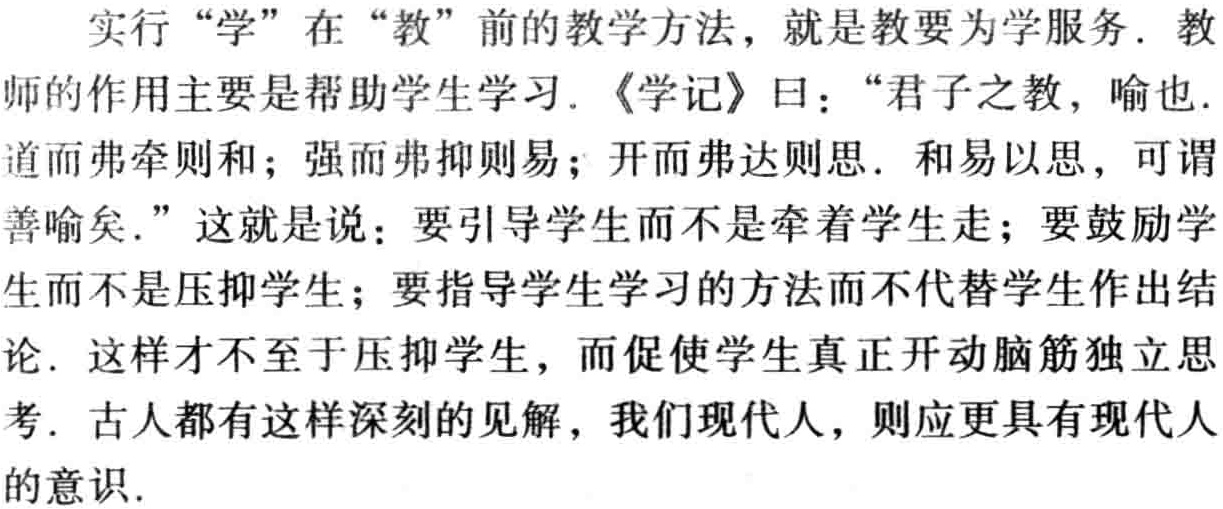
实行 “学” 在 “教” 前的教学方法，就是教要为学服务. 教师的作用主要是帮助学生学习. 《学记》曰：“君子之教，喻也. 道而弗牵则和；强而弗抑则易；开而弗达则思. 和易以思，可谓善喻矣.” 这就是说：要引导学生而不是牵着学生走；要鼓励学生而不是压抑学生；要指导学生学习的方法而不代替学生作出结论. 这样才不至于压抑学生，而促使学生真正开动脑筋独立思考. 古人都有这样深刻的见解，我们现代人，则应更具有现代人的意识.